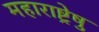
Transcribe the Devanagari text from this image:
महाराष्ट्रेषु